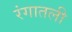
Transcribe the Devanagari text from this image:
रंगातली